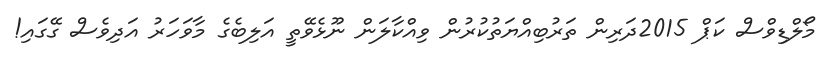
މޯލްޑިވްސް ކަޕް 2015ދަރިން ތަރުބިއްޔަތުކުރުން ވިއްކާލަން ނޫޅެވޭތީ އަލިބެގެ މާވަހަރު އަދިވެސް ގޭގައި!